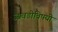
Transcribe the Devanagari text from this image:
आवडीविषयी